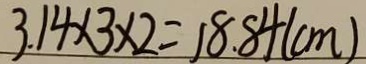
3 . 1 4 \times 3 \times 2 = 1 8 . 8 4 ( c m )